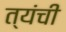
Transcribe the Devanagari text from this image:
त्यंची